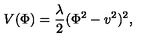
V ( \Phi ) = \frac { \lambda } { 2 } ( \Phi ^ { 2 } - v ^ { 2 } ) ^ { 2 } ,